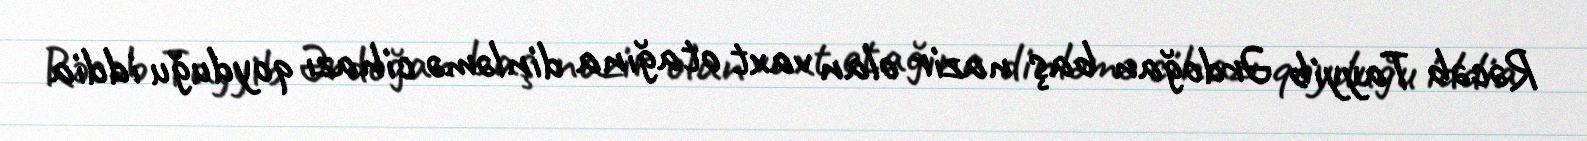
Rəcəb Tayyib Ərdoğan baş nazir olan vaxt otağına dinləmə cihazı qoyduğu iddia